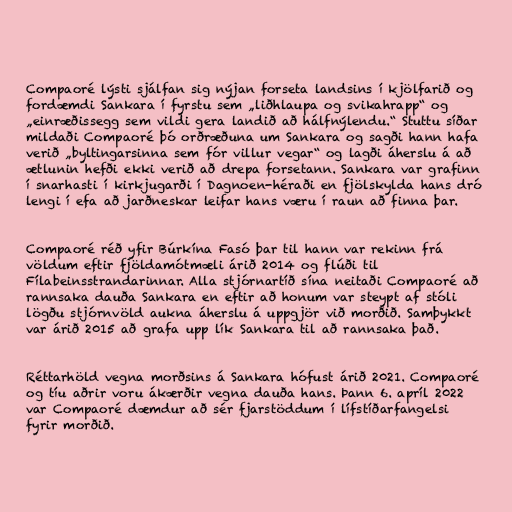
Compaoré lýsti sjálfan sig nýjan forseta landsins í kjölfarið og
fordæmdi Sankara í fyrstu sem „liðhlaupa og svikahrapp“ og
„einræðissegg sem vildi gera landið að hálfnýlendu.“ Stuttu síðar
mildaði Compaoré þó orðræðuna um Sankara og sagði hann hafa
verið „byltingarsinna sem fór villur vegar“ og lagði áherslu á að
ætlunin hefði ekki verið að drepa forsetann. Sankara var grafinn
í snarhasti í kirkjugarði í Dagnoen-héraði en fjölskylda hans dró
lengi í efa að jarðneskar leifar hans væru í raun að finna þar.

Compaoré réð yfir Búrkína Fasó þar til hann var rekinn frá
völdum eftir fjöldamótmæli árið 2014 og flúði til
Fílabeinsstrandarinnar. Alla stjórnartíð sína neitaði Compaoré að
rannsaka dauða Sankara en eftir að honum var steypt af stóli
lögðu stjórnvöld aukna áherslu á uppgjör við morðið. Samþykkt
var árið 2015 að grafa upp lík Sankara til að rannsaka það.

Réttarhöld vegna morðsins á Sankara hófust árið 2021. Compaoré
og tíu aðrir voru ákærðir vegna dauða hans. Þann 6. apríl 2022
var Compaoré dæmdur að sér fjarstöddum í lífstíðarfangelsi
fyrir morðið.